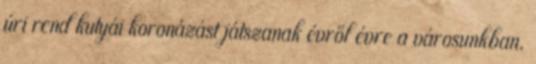
úri rend kutyái koronázást játszanak évről évre a városunkban.